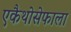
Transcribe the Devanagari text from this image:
एकैथोसेफाला